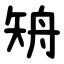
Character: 矪